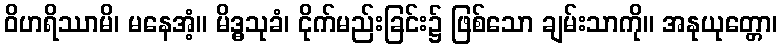
ဝိဟရိဿာမိ၊ မနေအံ့။ မိဒ္ဓသုခံ၊ ငိုက်မည်းခြင်း၌ ဖြစ်သော ချမ်းသာကို။ အနုယုတ္တော၊